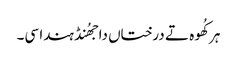
ہر کُھوہ تے درختاں دا جھُنڈ ہندا سی۔